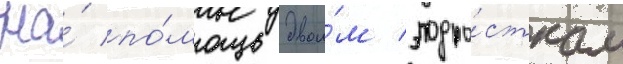
На́ по́мощь двои́м подро́сткам